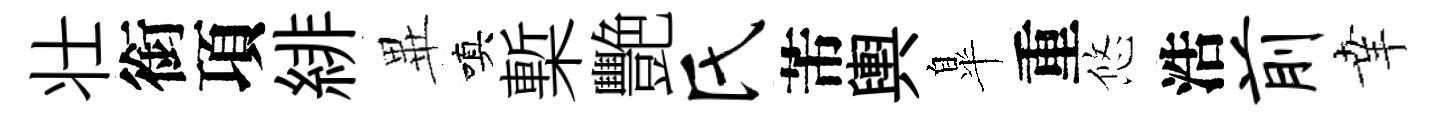
壮銜項緋𭺾嗔槧艷氏芾輿臯重悠浩前𦍒